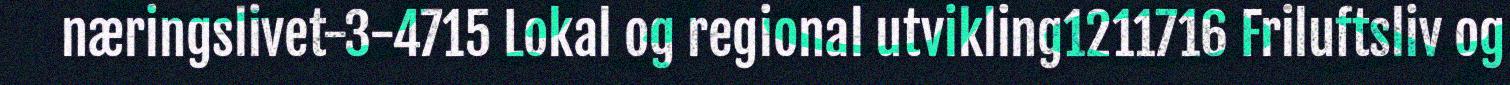
næringslivet-3-4715 Lokal og regional utvikling1211716 Friluftsliv og